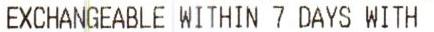
EXCHANGEABLE WITHIN 7 DAYS WITH